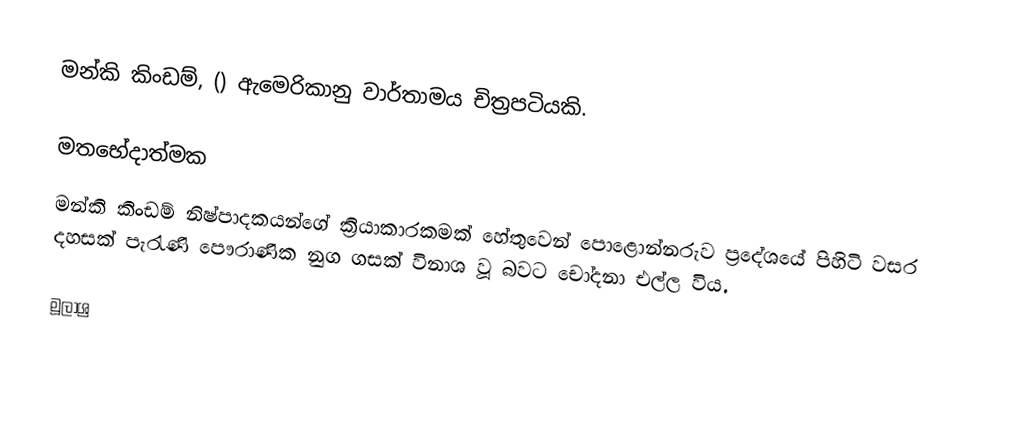
මන්කි කිංඩම්, () ඇමෙරිකානු වාර්තාමය චිත්‍රපටියකි.

මතභේදාත්මක
මන්කි කිංඩම් නිෂ්පාදකයන්ගේ ක්‍රියාකාරකමක් හේතුවෙන් පොළොන්නරුව ප්‍රදේශයේ පිහිටි වසර දහසක් පැරැණි පෞරාණික නුග ගසක් විනාශ වූ බවට චෝදනා එල්ල විය.

මූලාශ්‍ර